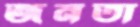
জনতা